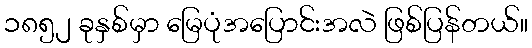
၁၈၅၂ ခုနှစ်မှာ မြေပုံအပြောင်းအလဲ ဖြစ်ပြန်တယ်။